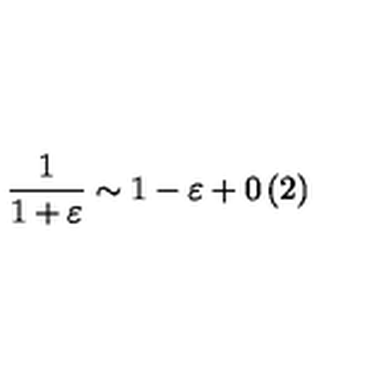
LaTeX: \frac { 1 } { 1 + \varepsilon } \sim 1 - \varepsilon + 0 \left( 2 \right)